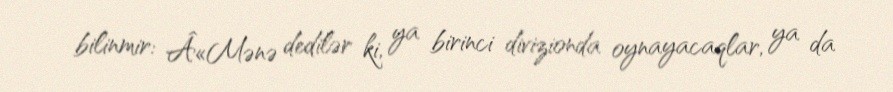
bilinmir: Â«Mənə dedilər ki, ya birinci divizionda oynayacaqlar, ya da